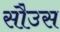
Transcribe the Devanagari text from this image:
सौउस